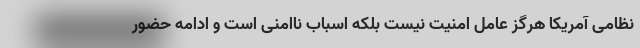
نظامی آمریکا هرگز عامل امنیت نیست بلکه اسباب ناامنی است و ادامه حضور